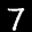
Label: 7